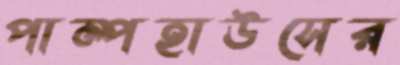
পাম্পহাউসের